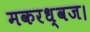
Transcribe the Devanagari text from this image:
मकरध्वज।